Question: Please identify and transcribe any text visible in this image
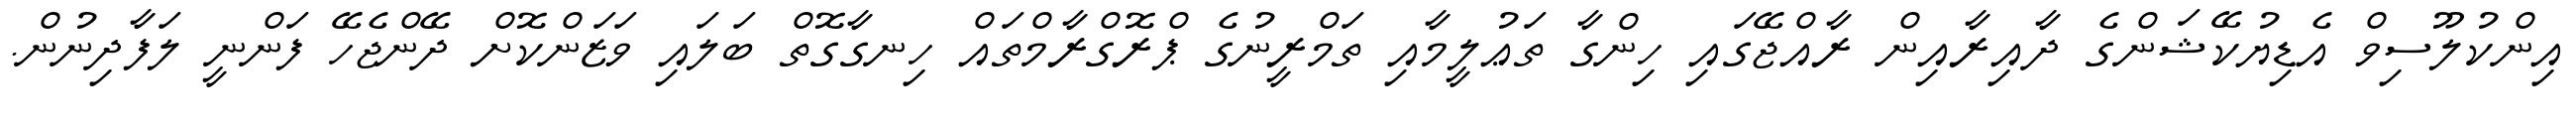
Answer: އިންކުލޫސިވް އެޑިޔުކޭޝަންގެ ދާއިރާއިން ރާއްޖޭގައި ހިންގާ ތަޢުލީމާއި ތަމްރީނުގެ ޕްރޮގްރާމްތައް ހިނގާގޮތް ބަލައި ވަޒަންކޮށް ދޭންޖެހޭ ފަންނީ ލަފާދިނުން.